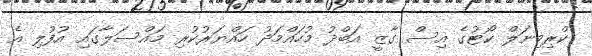
ކްރިމިނަލް ކޯޓުގެ އިސް ގާޒީ އަބްދު މުހައްމަދު ހައްޔަރުކުރި މައްސަލާގައި އުފުލި އެ